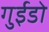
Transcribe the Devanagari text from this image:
गुईडो